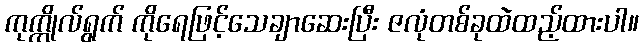
ကုက္ကိုလ်ရွက် ကိုရေဖြင့်သေချာဆေးပြီး ဇလုံတစ်ခုထဲထည့်ထားပါ။